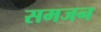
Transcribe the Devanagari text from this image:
समजन